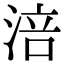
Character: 涪